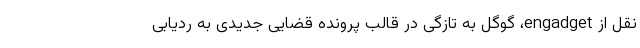
نقل از engadget، گوگل به تازگی در قالب پرونده قضایی جدیدی به ردیابی